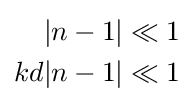
{\begin{aligned}|n-1|&\ll 1\\kd|n-1|&\ll 1\end{aligned}}